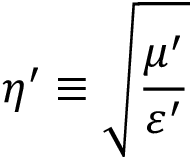
\eta ^ { \prime } \equiv \sqrt { \frac { \mu ^ { \prime } } { \varepsilon ^ { \prime } } }